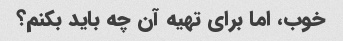
خوب، اما برای تهیه آن چه باید بکنم؟